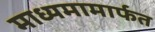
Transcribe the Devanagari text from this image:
माध्यमामार्फत